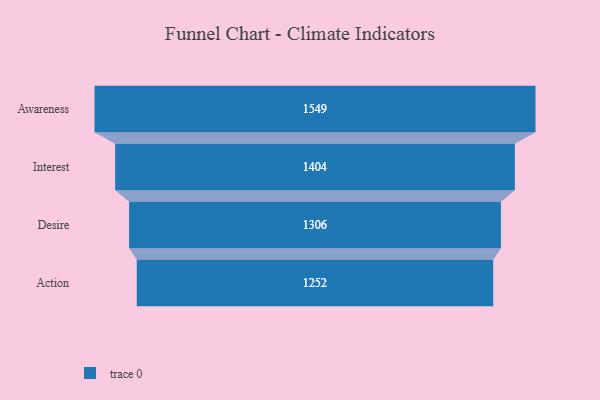
{"axis": {"x": "Stage", "y": "Value"}, "legend": [""], "data": [{"x": "Awareness", "y": 1549.0, "type": ""}, {"x": "Interest", "y": 1404.0, "type": ""}, {"x": "Desire", "y": 1306.0, "type": ""}, {"x": "Action", "y": 1252.0, "type": ""}]}